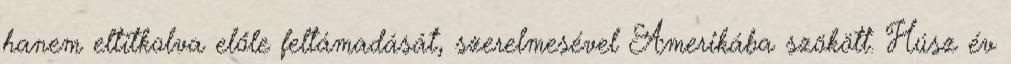
hanem eltitkolva előle feltámadását, szerelmesével Amerikába szökött. Húsz év